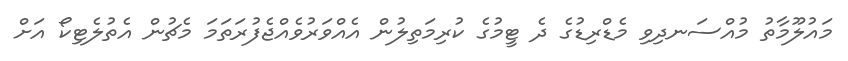
މައުލޫމާތު މުއްސަނދިވި މެޑްރިޑުގެ ދެ ޓީމުގެ ކުރިމަތިލުން އެއްވަރުވެއްޖެފުރަތަމަ މެޗުން އެތުލެޓިކޯ އަށް